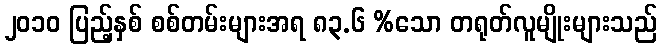
၂၀၁၀ ပြည့်နှစ် စစ်တမ်းများအရ ၈၃.၆ %သော တရုတ်လူမျိုးများသည်